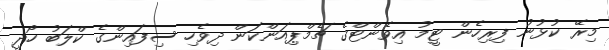
މިރޭ ކުޅުނު ފިރިހެން ޓީމު އިވެންޓްގެ ޗެމްޕިއަންކަން ދިވެހި ސިފައިންގެ ކްލަބު ހޯދީ